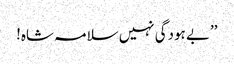
’’بے ہودگی نہیں سلامہ شاہ!